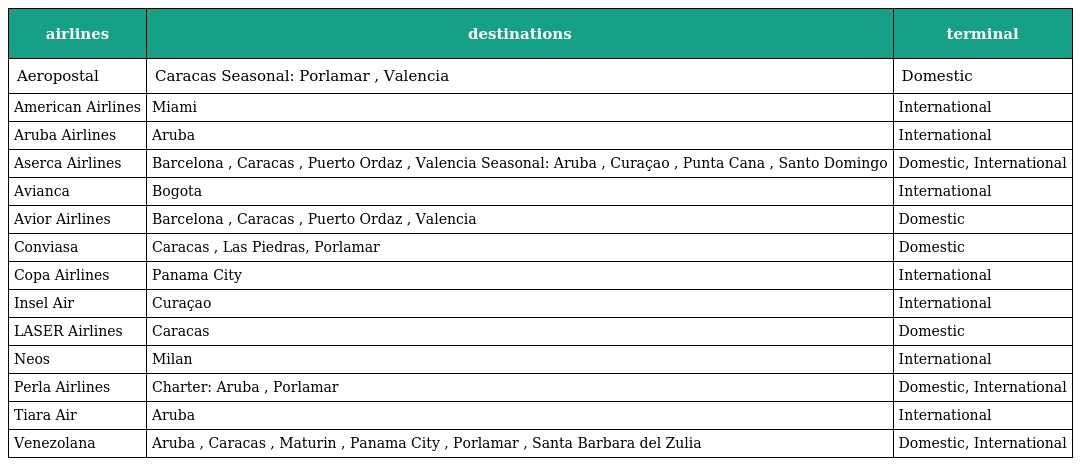
| airlines | destinations | terminal |
 | --- | --- | --- |
 | Aeropostal | Caracas Seasonal: Porlamar , Valencia | Domestic |
 | American Airlines | Miami | International |
 | Aruba Airlines | Aruba | International |
 | Aserca Airlines | Barcelona , Caracas , Puerto Ordaz , Valencia Seasonal: Aruba , Curaçao , Punta Cana , Santo Domingo | Domestic, International |
 | Avianca | Bogota | International |
 | Avior Airlines | Barcelona , Caracas , Puerto Ordaz , Valencia | Domestic |
 | Conviasa | Caracas , Las Piedras, Porlamar | Domestic |
 | Copa Airlines | Panama City | International |
 | Insel Air | Curaçao | International |
 | LASER Airlines | Caracas | Domestic |
 | Neos | Milan | International |
 | Perla Airlines | Charter: Aruba , Porlamar | Domestic, International |
 | Tiara Air | Aruba | International |
 | Venezolana | Aruba , Caracas , Maturin , Panama City , Porlamar , Santa Barbara del Zulia | Domestic, International |